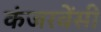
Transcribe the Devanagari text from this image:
कंजरवेंसी